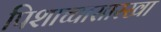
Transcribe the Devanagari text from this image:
पिशाच्चासारखा